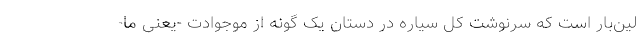
لین‌بار است که سرنوشت کل سیاره در دستان یک گونه از موجوادت -یعنی ما-